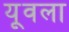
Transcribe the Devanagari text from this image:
यूवला